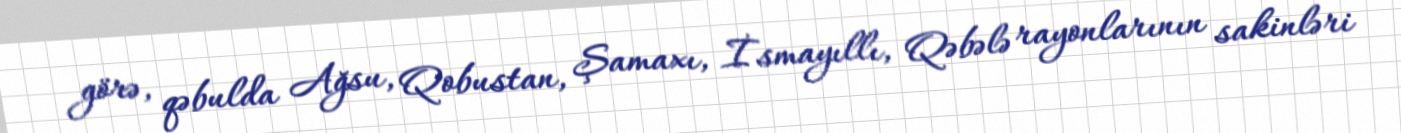
görə, qəbulda Ağsu, Qobustan, Şamaxı, İsmayıllı, Qəbələ rayonlarının sakinləri